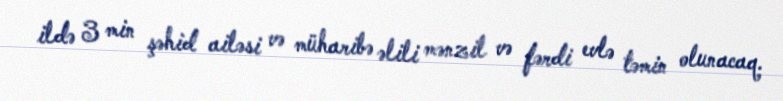
ildə 3 min şəhid ailəsi və müharibə əlili mənzil və fərdi evlə təmin olunacaq.